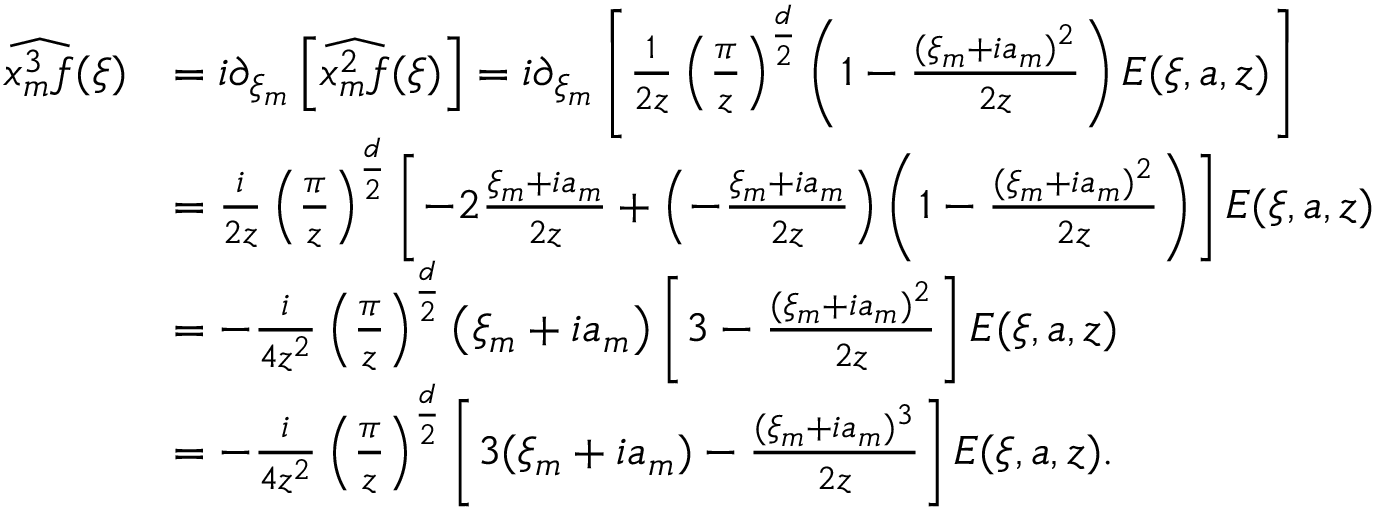
\begin{array} { r l } { \widehat { x _ { m } ^ { 3 } f } ( \xi ) } & { = i \partial _ { \xi _ { m } } \left[ \widehat { x _ { m } ^ { 2 } f } ( \xi ) \right] = i \partial _ { \xi _ { m } } \left[ \frac { 1 } { 2 z } \left( \frac { \pi } { z } \right) ^ { \frac { d } { 2 } } \left( 1 - \frac { ( \xi _ { m } + i a _ { m } ) ^ { 2 } } { 2 z } \right) E ( \xi , a , z ) \right] } \\ & { = \frac { i } { 2 z } \left( \frac { \pi } { z } \right) ^ { \frac { d } { 2 } } \left[ - 2 \frac { \xi _ { m } + i a _ { m } } { 2 z } + \left( - \frac { \xi _ { m } + i a _ { m } } { 2 z } \right) \left( 1 - \frac { ( \xi _ { m } + i a _ { m } ) ^ { 2 } } { 2 z } \right) \right] E ( \xi , a , z ) } \\ & { = - \frac { i } { 4 z ^ { 2 } } \left( \frac { \pi } { z } \right) ^ { \frac { d } { 2 } } \left( \xi _ { m } + i a _ { m } \right) \left[ 3 - \frac { ( \xi _ { m } + i a _ { m } ) ^ { 2 } } { 2 z } \right] E ( \xi , a , z ) } \\ & { = - \frac { i } { 4 z ^ { 2 } } \left( \frac { \pi } { z } \right) ^ { \frac { d } { 2 } } \left[ 3 ( \xi _ { m } + i a _ { m } ) - \frac { ( \xi _ { m } + i a _ { m } ) ^ { 3 } } { 2 z } \right] E ( \xi , a , z ) . } \end{array}